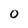
Character: 0